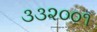
૩૩૨૦૦૧